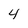
Character: 4